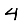
Digit: 4